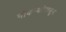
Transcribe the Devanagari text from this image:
नोकऱ्यांपासून